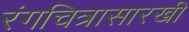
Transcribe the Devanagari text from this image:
रंगचित्रासारखी